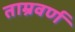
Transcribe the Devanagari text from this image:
ताम्रवर्ण